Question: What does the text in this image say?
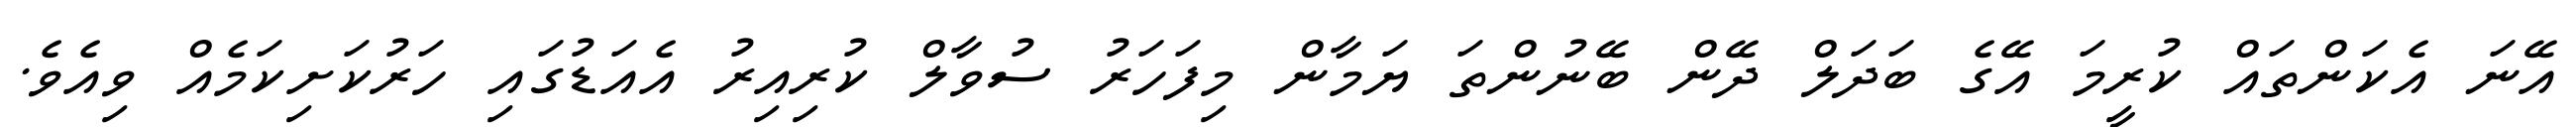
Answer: އޭނަ އެކަންތައް ކުރީމަ އޭގެ ބަދަލް ދޭން ބޭނުންތަ ޔަމާން މިފަހަރު ސުވާލް ކުރިއިރު އެއަޑުގައި ހަރުކަށިކަމެއް ވިއެވެ.